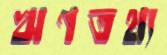
ঋণতথ্য